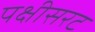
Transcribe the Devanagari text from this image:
पक्षीसरट